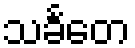
သင်္ခတေ